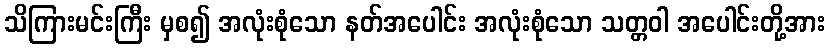
သိကြားမင်းကြီး မှစ၍ အလုံးစုံသော နတ်အပေါင်း အလုံးစုံသော သတ္တဝါ အပေါင်းတို့အား